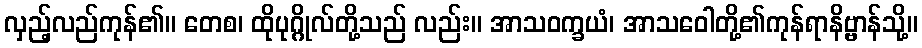
လှည့်လည်ကုန်၏။ တေစ၊ ထိုပုဂ္ဂိုလ်တို့သည် လည်း။ အာသဝက္ခယံ၊ အာသဝေါတို့၏ကုန်ရာနိဗ္ဗာန်သို့။